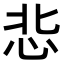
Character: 𢘠